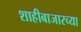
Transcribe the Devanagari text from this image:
शाहीबाजारच्या